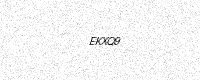
Text: EKXQ9